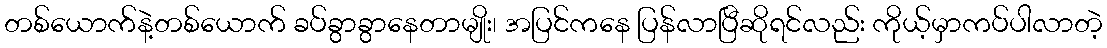
တစ်ယောက်နဲ့တစ်ယောက် ခပ်ခွာခွာနေတာမျိုး၊ အပြင်ကနေ ပြန်လာပြီဆိုရင်လည်း ကိုယ့်မှာကပ်ပါလာတဲ့